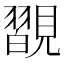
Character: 𧢇